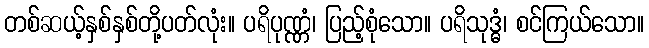
တစ်ဆယ့်နှစ်နှစ်တို့ပတ်လုံး။ ပရိပုဏ္ဏံ၊ ပြည့်စုံသော။ ပရိသုဒ္ဓံ၊ စင်ကြယ်သော။